Civil Veterinary Dept. North-West Frontier Province 1933-46 - 1933-1946
Year: 1933
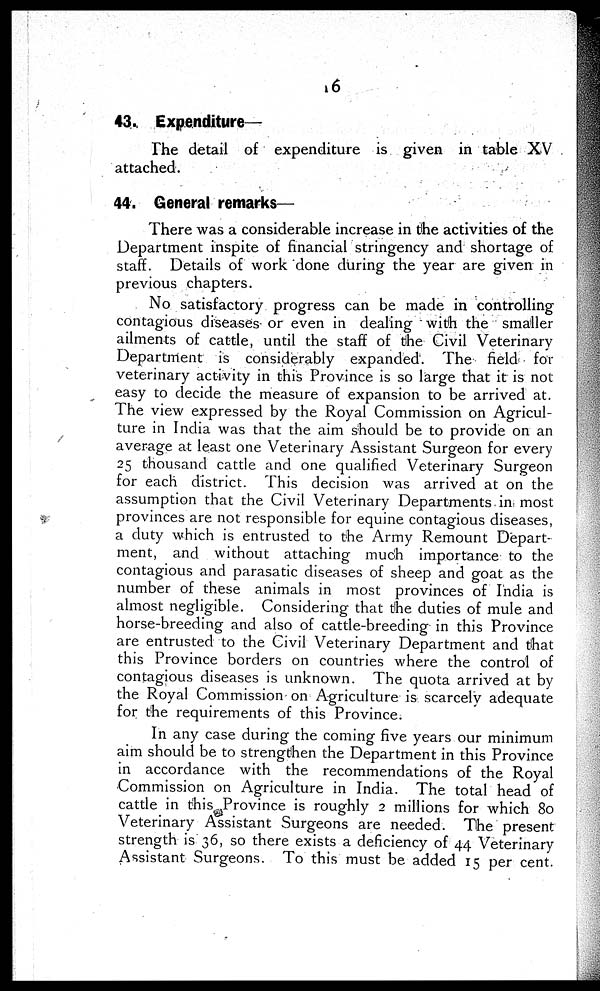
16
43. Expenditure—
The detail of expenditure is given in table XV
attached.
44. General remarks—
There was a considerable increase in the activities of the
Department inspite of financial stringency and shortage of
staff. Details of work done during the year are given in
previous chapters.
No satisfactory progress can be made in controlling
contagious diseases- or even in dealing with the smaller
ailments of cattle, until the staff of the Civil Veterinary
Department is considerably expanded. The field for
veterinary activity in this Province is so large that it is not
easy to decide the measure of expansion to be arrived at.
The view expressed by the Royal Commission on Agricul-
ture in India was that the aim should be to provide on an
average at least one Veterinary Assistant Surgeon for every
25 thousand cattle and one qualified Veterinary Surgeon
for each district. This decision was arrived at on the
assumption that the Civil Veterinary Departments in most
provinces are not responsible for equine contagious diseases,
a duty which is entrusted to the Army Remount Depart-
ment, and without attaching much importance to the
contagious and parasatic diseases of sheep and goat as the
number of these animals in most provinces of India is
almost negligible. Considering that the duties of mule and
horse-breeding and also of cattle-breeding in this Province
are entrusted to the Civil Veterinary Department and that
this Province borders on countries where the control of
contagious diseases is unknown. The quota arrived at by
the Royal Commission on Agriculture is scarcely adequate
for the requirements of this Province.
In any case during the coming five years our minimum
aim should be to strengthen the Department in this Province
in accordance with the recommendations of the Royal
Commission on Agriculture in India. The total head of
cattle in this Province is roughly 2 millions for which 80
Veterinary Assistant Surgeons are needed. The present
strength is 36, so there exists a deficiency of 44 Veterinary
Assistant Surgeons. To this must be added 15 per cent.